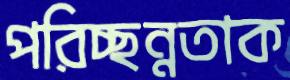
পরিচ্ছন্নতাক